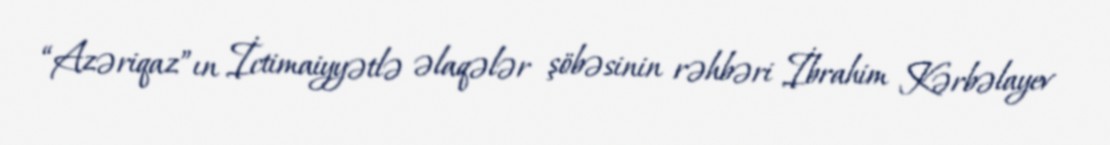
“Azəriqaz”ın İctimaiyyətlə əlaqələr şöbəsinin rəhbəri İbrahim Kərbəlayev